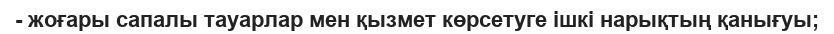
- жоғары сапалы тауарлар мен қызмет көрсетуге ішкі нарықтың қанығуы;